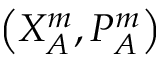
\left( X _ { A } ^ { m } , { P _ { A } ^ { m } } \right)